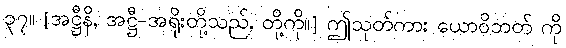
၃၇။ [အဋ္ဌီနိ, အဋ္ဌီ-အရိုးတို့သည်, တို့ကို။] ဤသုတ်ကား ယောဝိဘတ် ကို